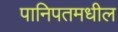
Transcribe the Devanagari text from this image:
पानिपतमधील